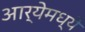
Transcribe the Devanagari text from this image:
आर्येमध्ये